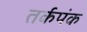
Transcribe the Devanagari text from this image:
तर्कपंक